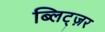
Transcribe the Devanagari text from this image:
ब्लिट्ज़र